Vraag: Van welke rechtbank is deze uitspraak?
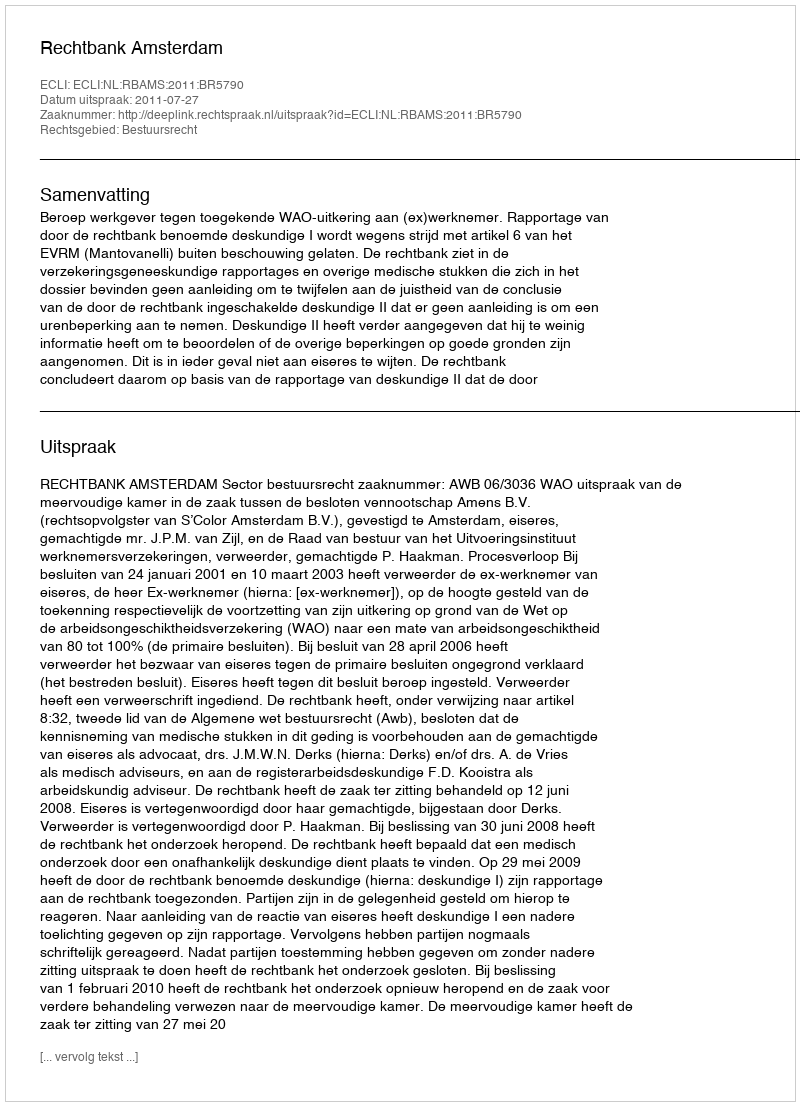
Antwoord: Rechtbank Amsterdam